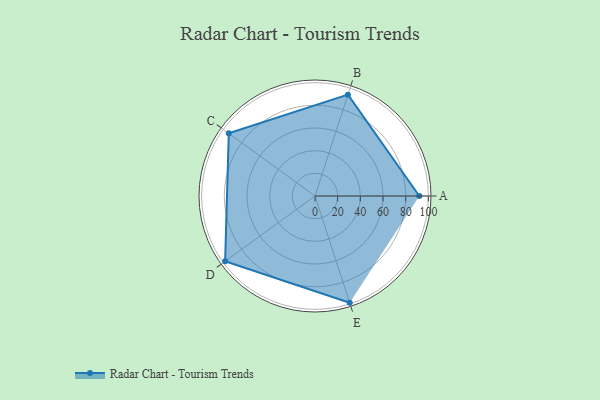
{"axis": {"x": "Skill", "y": "Score"}, "legend": ["Profile"], "data": [{"x": "A", "y": 92.0, "type": "Profile"}, {"x": "B", "y": 94.0, "type": "Profile"}, {"x": "C", "y": 94.0, "type": "Profile"}, {"x": "D", "y": 98.0, "type": "Profile"}, {"x": "E", "y": 99.0, "type": "Profile"}]}